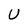
Character: U